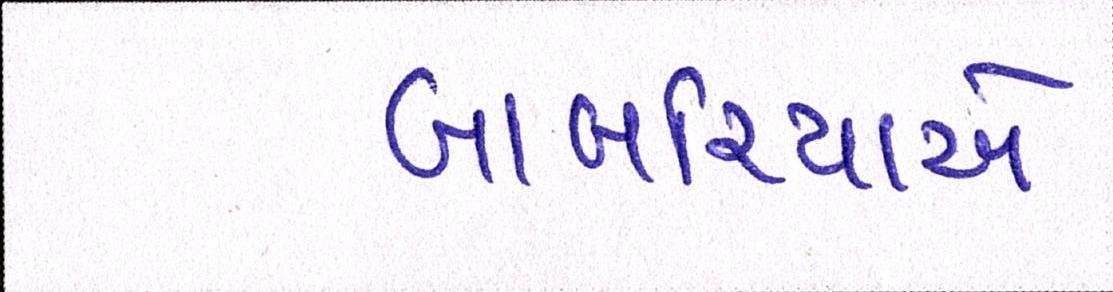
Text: બાબરિયાએ